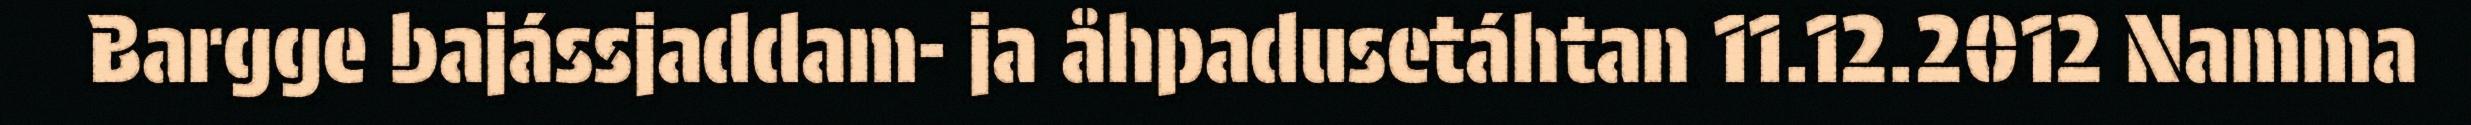
Bargge bajássjaddam- ja åhpadusetáhtan 11.12.2012 Namma